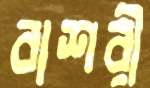
বাশরী